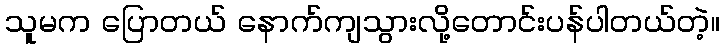
သူမက ပြောတယ် နောက်ကျသွားလို့တောင်းပန်ပါတယ်တဲ့။